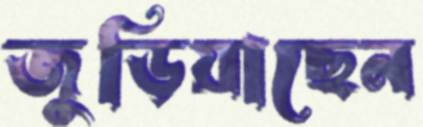
জুড়িয়াছেন